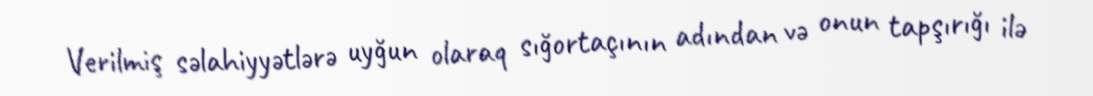
Verilmiş səlahiyyətlərə uyğun olaraq sığortaçının adından və onun tapşırığı ilə